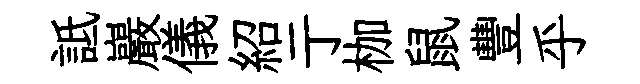
詆巖儀紹亍枷鼠豐乎